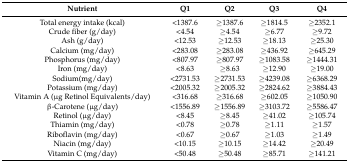
<table><thead><tr><td><b>Nutrient</b></td><td><b>Q1</b></td><td><b>Q2</b></td><td><b>Q3</b></td><td><b>Q4</b></td></tr></thead><tbody><tr><td>Total energy intake (kcal)</td><td>&lt;1387.6</td><td>≥1387.6</td><td>≥1814.5</td><td>≥2352.1</td></tr><tr><td>Crude fiber (g/day)</td><td>&lt;4.54</td><td>≥4.54</td><td>≥6.77</td><td>≥9.72</td></tr><tr><td>Ash (g/day)</td><td>&lt;12.53</td><td>≥12.53</td><td>≥18.13</td><td>≥25.30</td></tr><tr><td>Calcium (mg/day)</td><td>&lt;283.08</td><td>≥283.08</td><td>≥436.92</td><td>≥645.29</td></tr><tr><td>Phosphorus (mg/day)</td><td>&lt;807.97</td><td>≥807.97</td><td>≥1083.58</td><td>≥1444.31</td></tr><tr><td>Iron (mg/day)</td><td>&lt;8.63</td><td>≥8.63</td><td>≥12.90</td><td>≥19.00</td></tr><tr><td>Sodium(mg/day)</td><td>&lt;2731.53</td><td>≥2731.53</td><td>≥4239.08</td><td>≥6368.29</td></tr><tr><td>Potassium (mg/day)</td><td>&lt;2005.32</td><td>≥2005.32</td><td>≥2824.62</td><td>≥3884.43</td></tr><tr><td>Vitamin A (μg Retinol Equivalents/day)</td><td>&lt;316.68</td><td>≥316.68</td><td>≥602.05</td><td>≥1050.90</td></tr><tr><td>β-Carotene (μg/day)</td><td>&lt;1556.89</td><td>≥1556.89</td><td>≥3103.72</td><td>≥5586.47</td></tr><tr><td>Retinol (μg/day)</td><td>&lt;8.45</td><td>≥8.45</td><td>≥41.02</td><td>≥105.74</td></tr><tr><td>Thiamin (mg/day)</td><td>&lt;0.78</td><td>≥0.78</td><td>≥1.11</td><td>≥1.57</td></tr><tr><td>Riboflavin (mg/day)</td><td>&lt;0.67</td><td>≥0.67</td><td>≥1.03</td><td>≥1.49</td></tr><tr><td>Niacin (mg/day)</td><td>&lt;10.15</td><td>≥10.15</td><td>≥14.42</td><td>≥20.49</td></tr><tr><td>Vitamin C (mg/day)</td><td>&lt;50.48</td><td>≥50.48</td><td>≥85.71</td><td>≥141.21</td></tr></tbody></table>